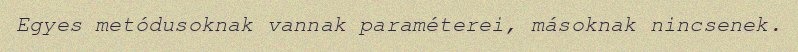
Egyes metódusoknak vannak paraméterei, másoknak nincsenek.